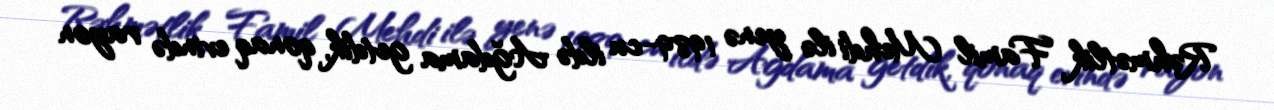
Rəhmətlik Famil Mehdi ilə yenə 1989-cu ildə Ağdama getdik, qonaq evində rayon